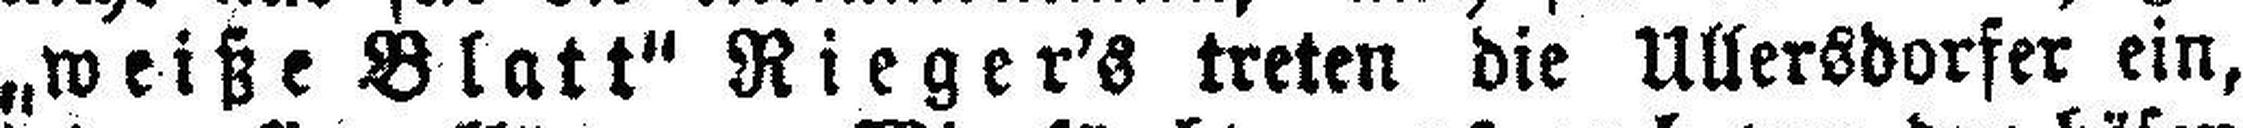
„weiße Blatt“ Rieger's treten die Ullersdorfer ein,